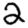
Digit: 2